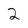
Character: 2